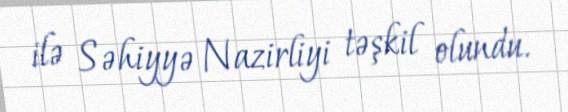
ilə Səhiyyə Nazirliyi təşkil olundu.